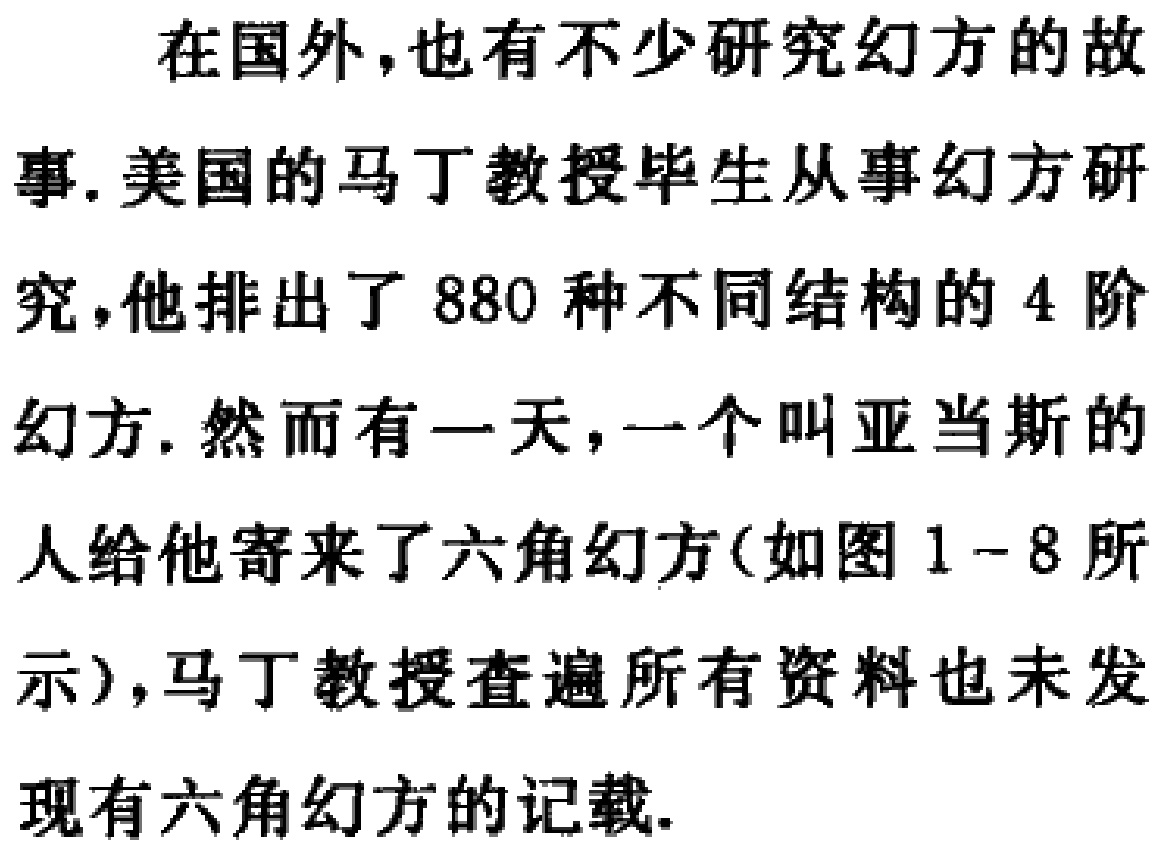
在国外,也有不少研究幻方的故
事. 美国的马丁教授毕生从事幻方研
究,他排出了 880 种不同结构的 4 阶
幻方. 然而有一天,一个叫亚当斯的
人给他寄来了六角幻方(如图 1-8 所
示),马丁教授查遍所有资料也未发
现有六角幻方的记载.